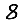
Digit: 8